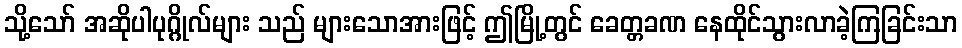
သို့သော် အဆိုပါပုဂ္ဂိုလ်များ သည် များသောအားဖြင့် ဤမြို့တွင် ခေတ္တခဏ နေထိုင်သွားလာခဲ့ကြခြင်းသာ